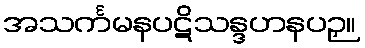
အသင်္ကမနပဋိသန္ဒဟနပဉှ။